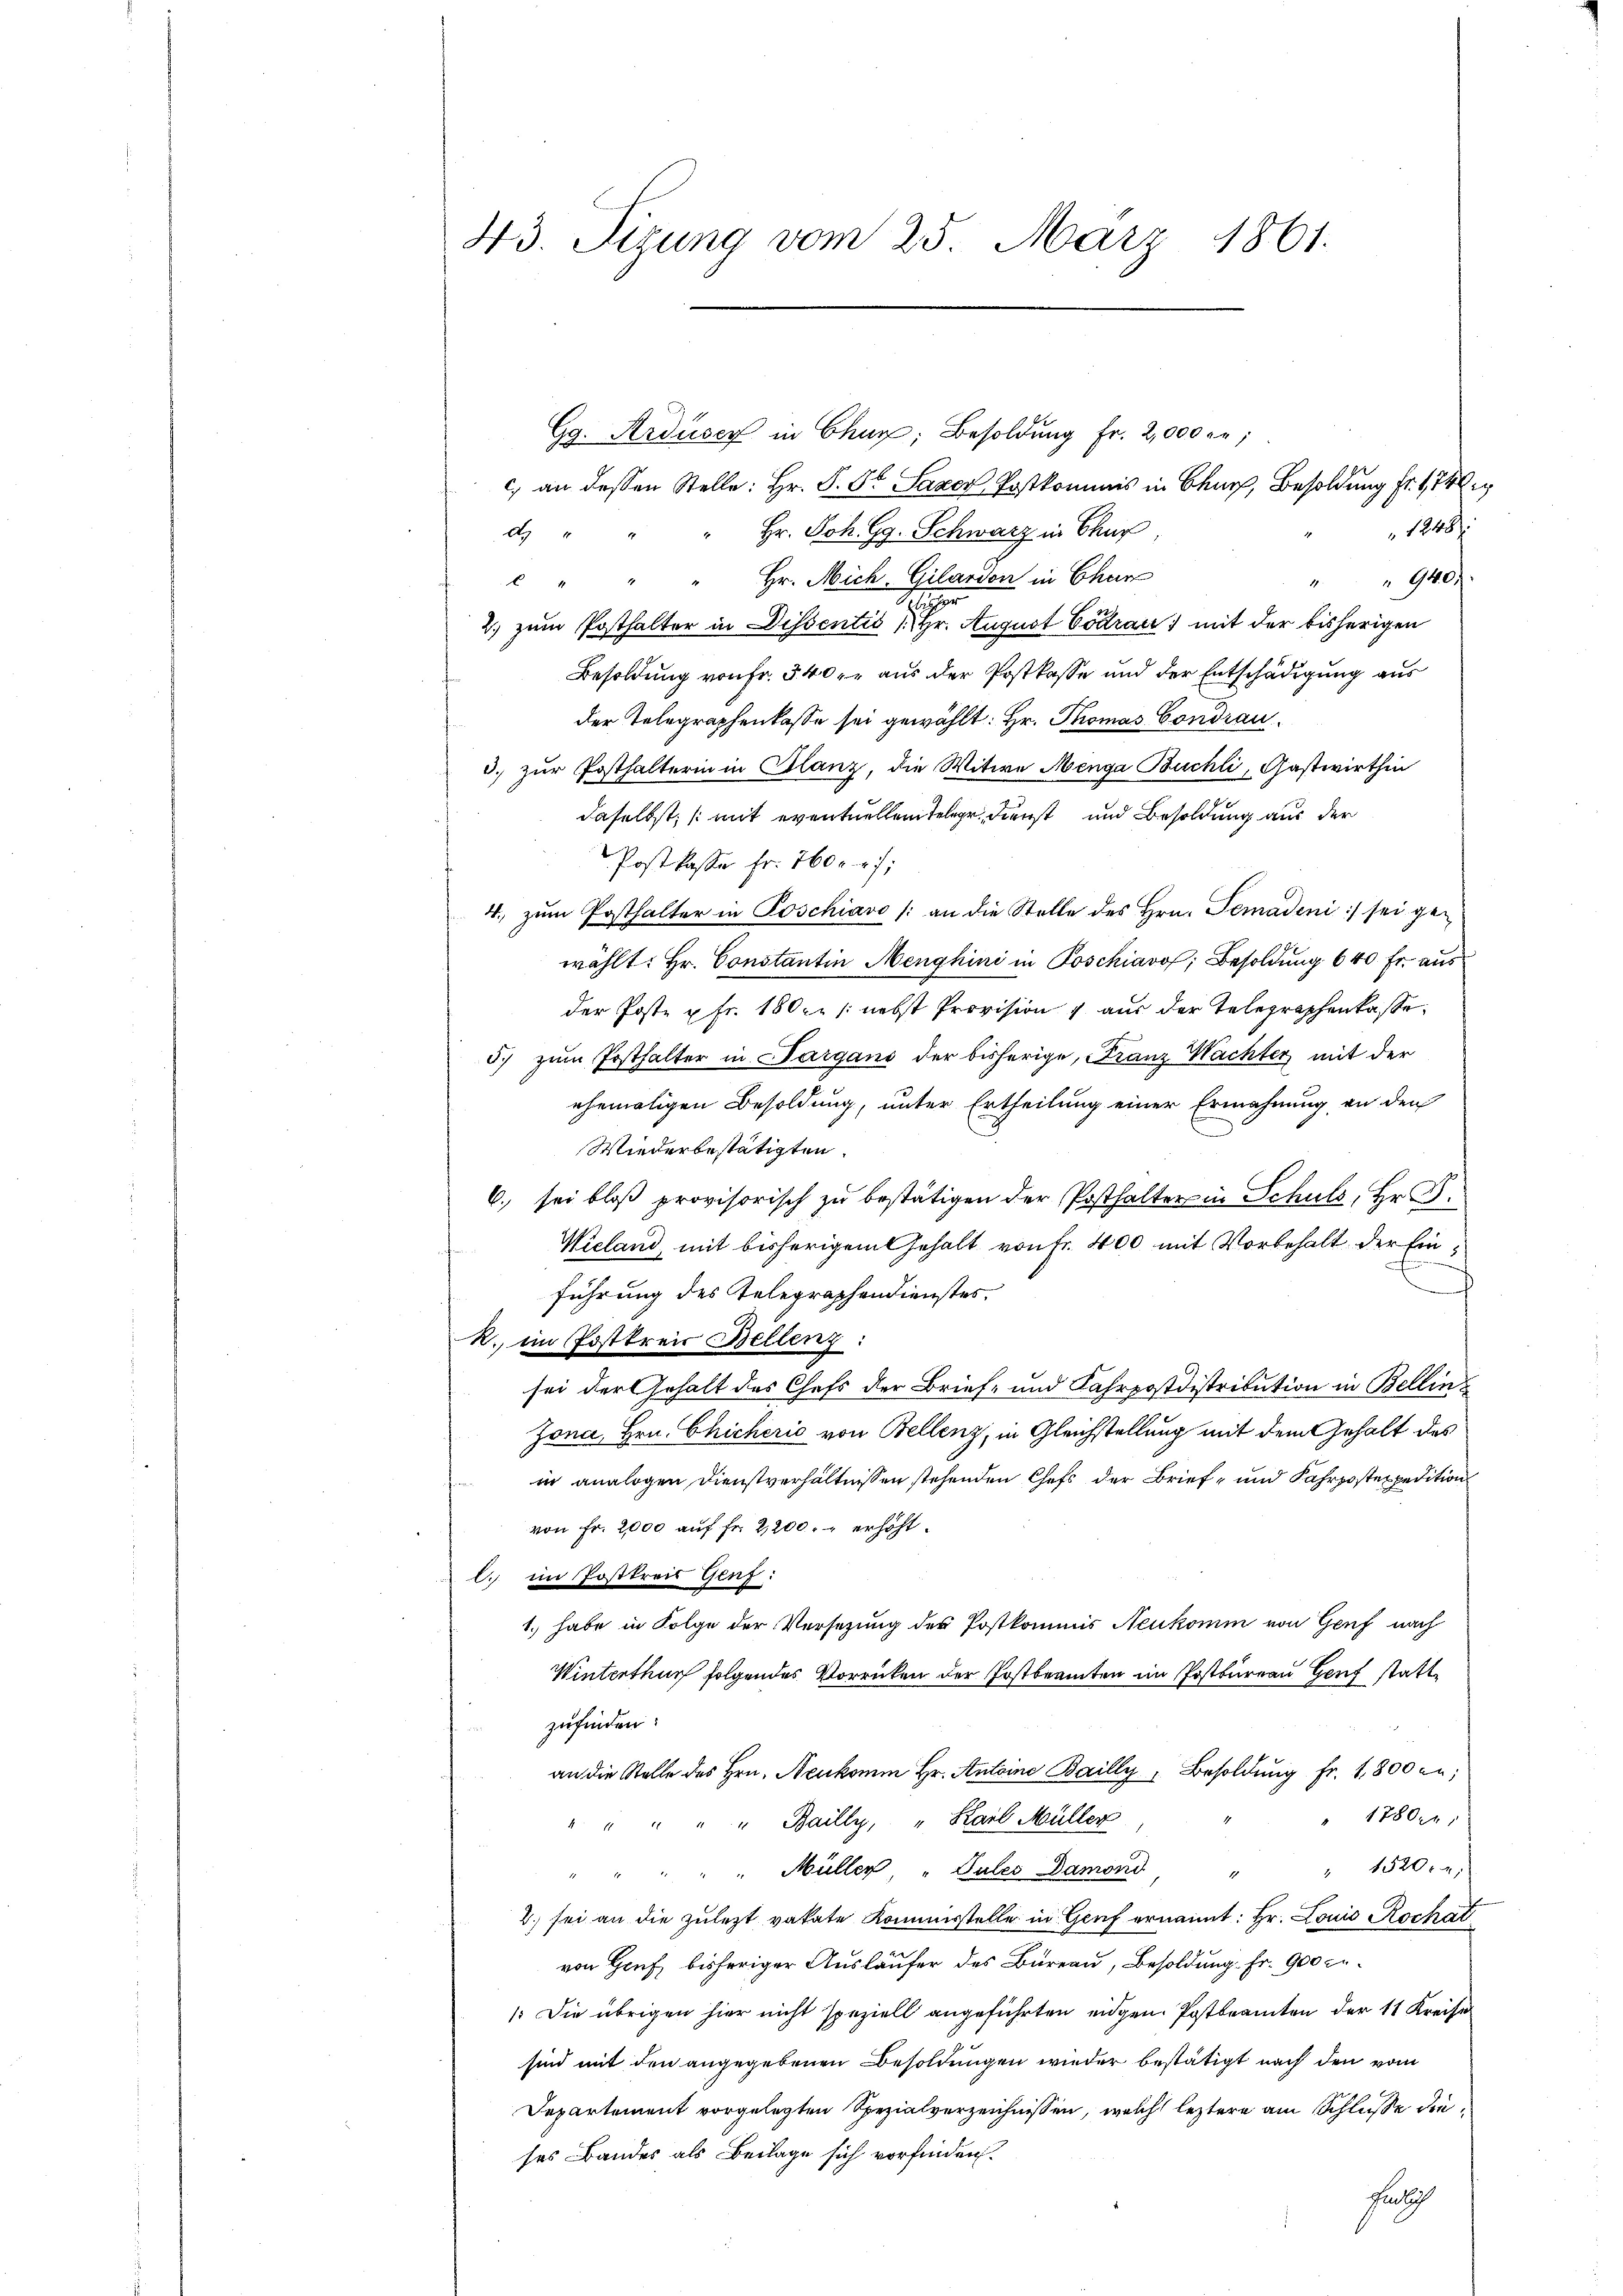
43. Sizung vom 25. März 1861.

Gg. Ardiser in Chur, Besoldung Fr. 2,000 an;
c) an dessen Stelle: Hr. P. St Saxer Postkommis in Baur, Besoldung fr. 174
1248/
Hr. Joh. Gg. Schwarz in Chur
d
Hr. Mich. Gilardon in Chur
" 940
4
Mater
2. zum Posthalter in Dissentis 1 Hr. August Codrau) mit der bisherigen
Besoldung von Fr. 540 r. aus der Postkasse und der Entschädigung aus
der Telegraphenkasse sei gewählt: Hr. Thomas Condrau
5.) zur Posthalterin in Glanz, die Witwe Menga Buchli, Gastwirthin
daselbst, (mit eventuellein telege, dienst und Besoldung aus der
Postkasse fr. 2600 f:
4. zŭm Posthalter in Poschiavo /: an die Stelle des Hrn. Pemadeni) sei gewählt: Hr. Constantin Menghini in Poschiavo, Besoldung 640 Fr. aus
der Poste u Fr. 180. /: nebst Provision & aus der Telegraphenkasse.
57 zum Posthalter in Sargans der bisherige, Franz Wachter mit der
ehemaligen Besoldung, unter Ertheilung einer Ermahnung an den
Wiederbestätigten.
6. sei bloß provisorisch zu bestätigen der Posthalter in Schuls, Hr. P.
Wieland, mit bisherigem Gehalt von Fr. 400 mit Vorbehalt der Einf
führung des Telegraphendienster.
R. im Postkreis Bellenz:
sei der Gehalt des Chefs der Brief- und Fahrpostdistribution in Bellin¬
Jona, Hrn. Chicherić von Bellenz, in Gleichstellung mit dem Gehalt des
 in analogen Dienstverhältnissen stehenden Chefs der Brief- und Fahrpostexpedition
von Fr. 2000 auf fr. 2,200. erhöht.
l. im Postkreis Genf :
1.) habe in Folge der Versetzung des Postkommis Neukomm von Genf nach
Winterthur folgendes Vorrücken der Postbeamten im Postbureau Genf stattzufinden:
an die Stelle des Hrn. Neukomm Hr. Antoine Bailly "Besoldŭng fr. 1,800 an;
" 1780.
" " " " " Bailly, " Karl Müller
" " " " " Müller, " Tules Damond " " 1520.
2. sei an die zulezt vakate Kommisstelle in Genf ernannt: Hr. Louis Rochat
von Hauf, bisheriger Ausläufer des Büreau, Besoldung. Fr. 900 Fr.
1. Die übrigen hier nicht speziell angeführten eidgen. Postbeamten der 11 Kreise
sind mit den angegebenen Besoldungen wieder bestätigt nach den vom
Departement vorgelegten Spezialverzeichnissen, welch leztere am Schlüsse dieses Bandes als Beilage sich vorfinden.
hunlich